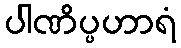
ပါဏိပ္ပဟာရံ